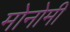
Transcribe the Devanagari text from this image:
मोनोमी